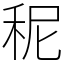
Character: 秜